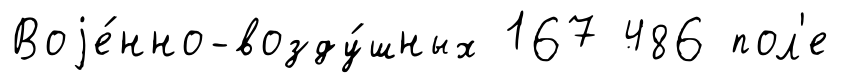
Воjе́нно-возду́шных 167 486 пол'е